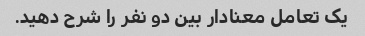
یک تعامل معنادار بین دو نفر را شرح دهید.